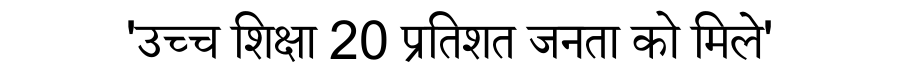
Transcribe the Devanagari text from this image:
'उच्च शिक्षा 20 प्रतिशत जनता को मिले'